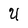
Character: U